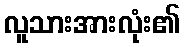
လူသားအားလုံး၏